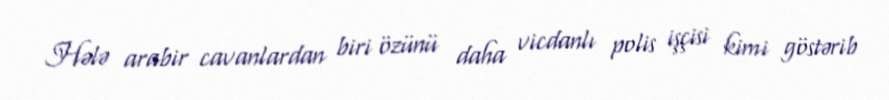
Hələ arabir cavanlardan biri özünü daha vicdanlı polis işçisi kimi göstərib